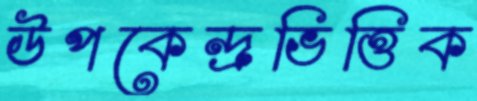
উপকেন্দ্রভিত্তিক